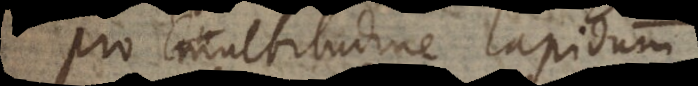
Pro multitudine lapidum